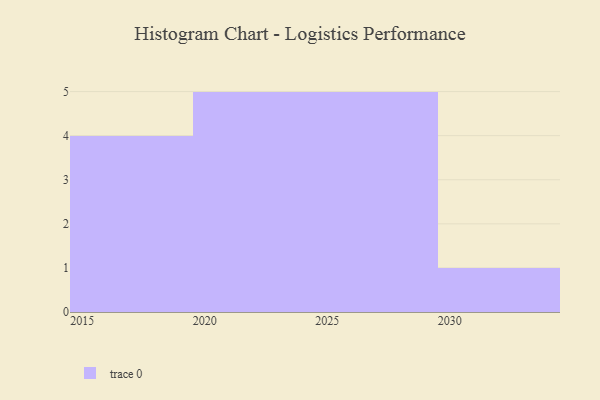
{"axis": {"x": "Year", "y": "Revenue (USD Million)"}, "legend": [""], "data": [{"x": "2030", "y": 12, "type": ""}, {"x": "2024", "y": 74, "type": ""}, {"x": "2025", "y": 86, "type": ""}, {"x": "2027", "y": 92, "type": ""}, {"x": "2028", "y": 50, "type": ""}, {"x": "2019", "y": 43, "type": ""}, {"x": "2016", "y": 22, "type": ""}, {"x": "2022", "y": 83, "type": ""}, {"x": "2020", "y": 43, "type": ""}, {"x": "2021", "y": 64, "type": ""}, {"x": "2015", "y": 27, "type": ""}, {"x": "2017", "y": 43, "type": ""}, {"x": "2026", "y": 66, "type": ""}, {"x": "2023", "y": 10, "type": ""}, {"x": "2029", "y": 28, "type": ""}]}